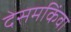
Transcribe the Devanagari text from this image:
देसमकिंवा